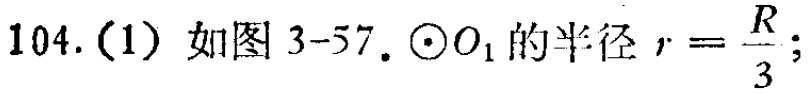
104.（1）如图 3-57. $\odot O_{1}$的半径$r = \frac{R}{3}$;